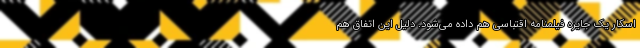
اسکار یک جایزه فیلمنامه اقتباسی هم داده می‌شود. دلیل این اتفاق هم